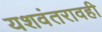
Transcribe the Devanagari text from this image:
यशवंतरावही